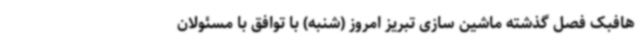
هافبک فصل گذشته ماشین سازی تبریز امروز (شنبه) با توافق با مسئولان